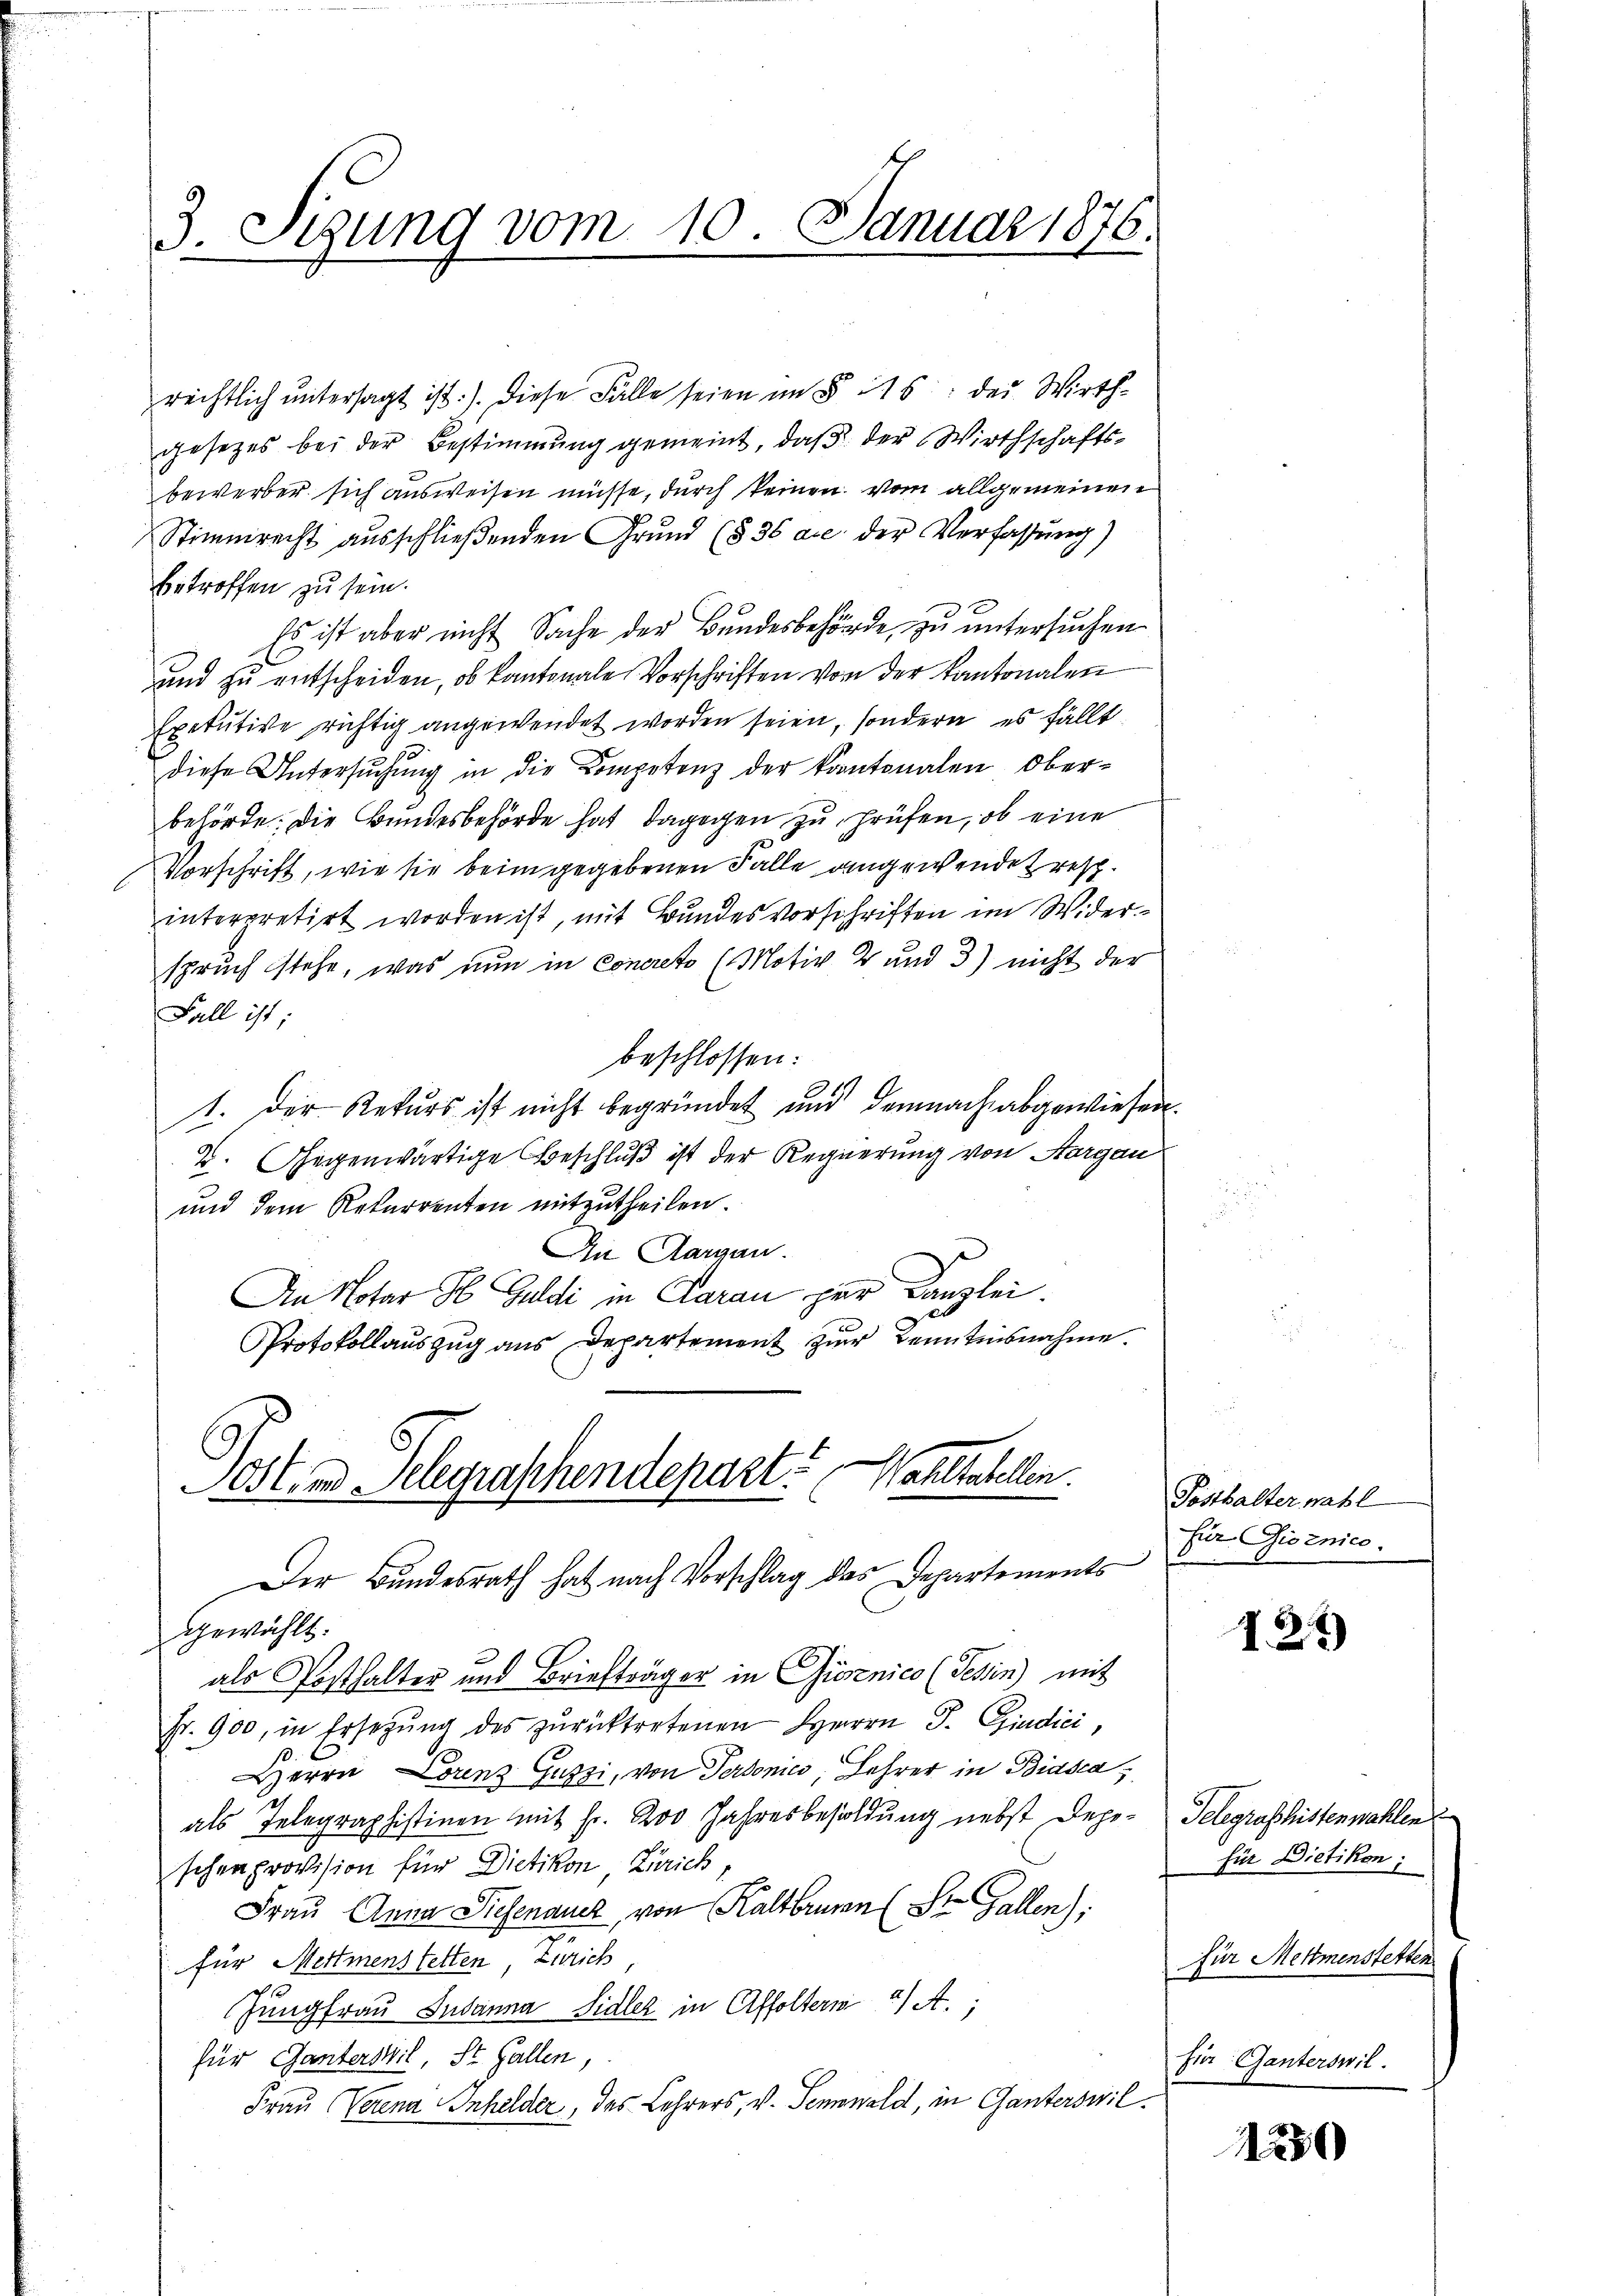
3. Sigung vom 10. Januar 1876.

rechtlich untersagt ist). Diese Fälle seien im § 115: der Wirthgesetzes bei der Bestimmung gemeint, daß der Wirthschaftsbewerber sich ausweisen müsse, durch keinen vom allgemeinen
Stimmrecht ausschlieβenden Grŭnd (§ 36 ace der Verfassung)
betroffen zu sein.
Es ist aber nicht Sache der Bundesbehörde, zu untersuchen
und zu entscheiden, ob kantonale Vorschriften von der Kantonalen
Exekutive richtig angewendet worden seien, sondern es fällt
diese Untersŭchŭng in die Competenz der kantonalen Oberbehörde. Die Bundesbehörde hat dagegen zu prüfen, ob eine
Vorschrift, wie sie beim gegebenen Falle angewendet resp.
interpretirt worden ist, mit Bundesvorschriften im Widerspruch stehe, was nun in concreto (Motiv 2 und 3) nicht der
Fall ist
beschlossen:
1. Der Rekurs ist nicht begründet und demnach abgewiesen.
2. Gegenwärtige Beschluß ist der Regierung von Aargau
und dem Rekurrenten mitzutheilen.
Ain Aargau.
An Notar H. Guldi in Garan per Canzlei.
Protokollauszug aus Departement zur Kenntnisnahme.

Post ad Pelegraschendepart. althatellen.
Der Bundesrath hat nach Vorschlag des Departements

gewählt.
als Posthalter und Briefträger in Gusenico (Tessin) mit
Fr. 900, in Ersetzŭng des zŭrücktretenen HHerrn J. Giudici,
Herrn Lorenz Guzzi, von Personico, Lehrer in Biasca
als Telegraphistinen mit Fr. 200 Jahresbesoldung nebst Depo- Gelegraphistenwahlen
schenprovision für Dietikon Zürich,
Frau Anna Siehenauer, von Kaltbrunn St. Gallen.
für Mettmenstetten, Zürich
Jungfrau Susanna Sidler in Affoltern a/A.,
für Ganterswil, St. Gallen,
Frau (Verena Inhelder, des Lehrers, v. Seminald, in Ganterswil¬

Posthalter nahl
für Gioznico.

I.21)

für Dietikon:
für Mettmenstetten
fin Ganterswil.

1250